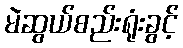
မဲဆွယ်စည်းရုံးခွင့်